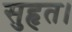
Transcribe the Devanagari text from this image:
सुहृत।